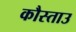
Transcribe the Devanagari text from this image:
कौस्ताउ